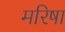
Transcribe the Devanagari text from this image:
मरिषा